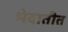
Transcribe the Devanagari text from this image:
भेदातीत